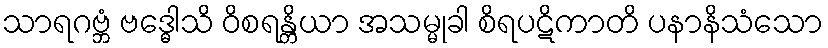
သာရဂဗ္ဘံ ဗဒ္ဓေါသိ ဝိစရန္တိယာ အသမ္မုခါ စိရပဋိကာတိ ပနာနိသံသော